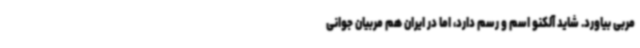
مربی بیاورد. شاید آلکنو اسم و رسم دارد، اما در ایران هم مربیان جوانی